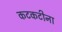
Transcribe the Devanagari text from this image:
कटकटीना